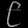
Digit: ၉